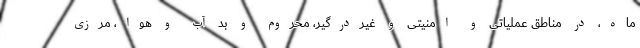
ماه، در مناطق عملیاتی و امنیتی و غیردرگیر، محروم و بد آب و هوا، مرزی